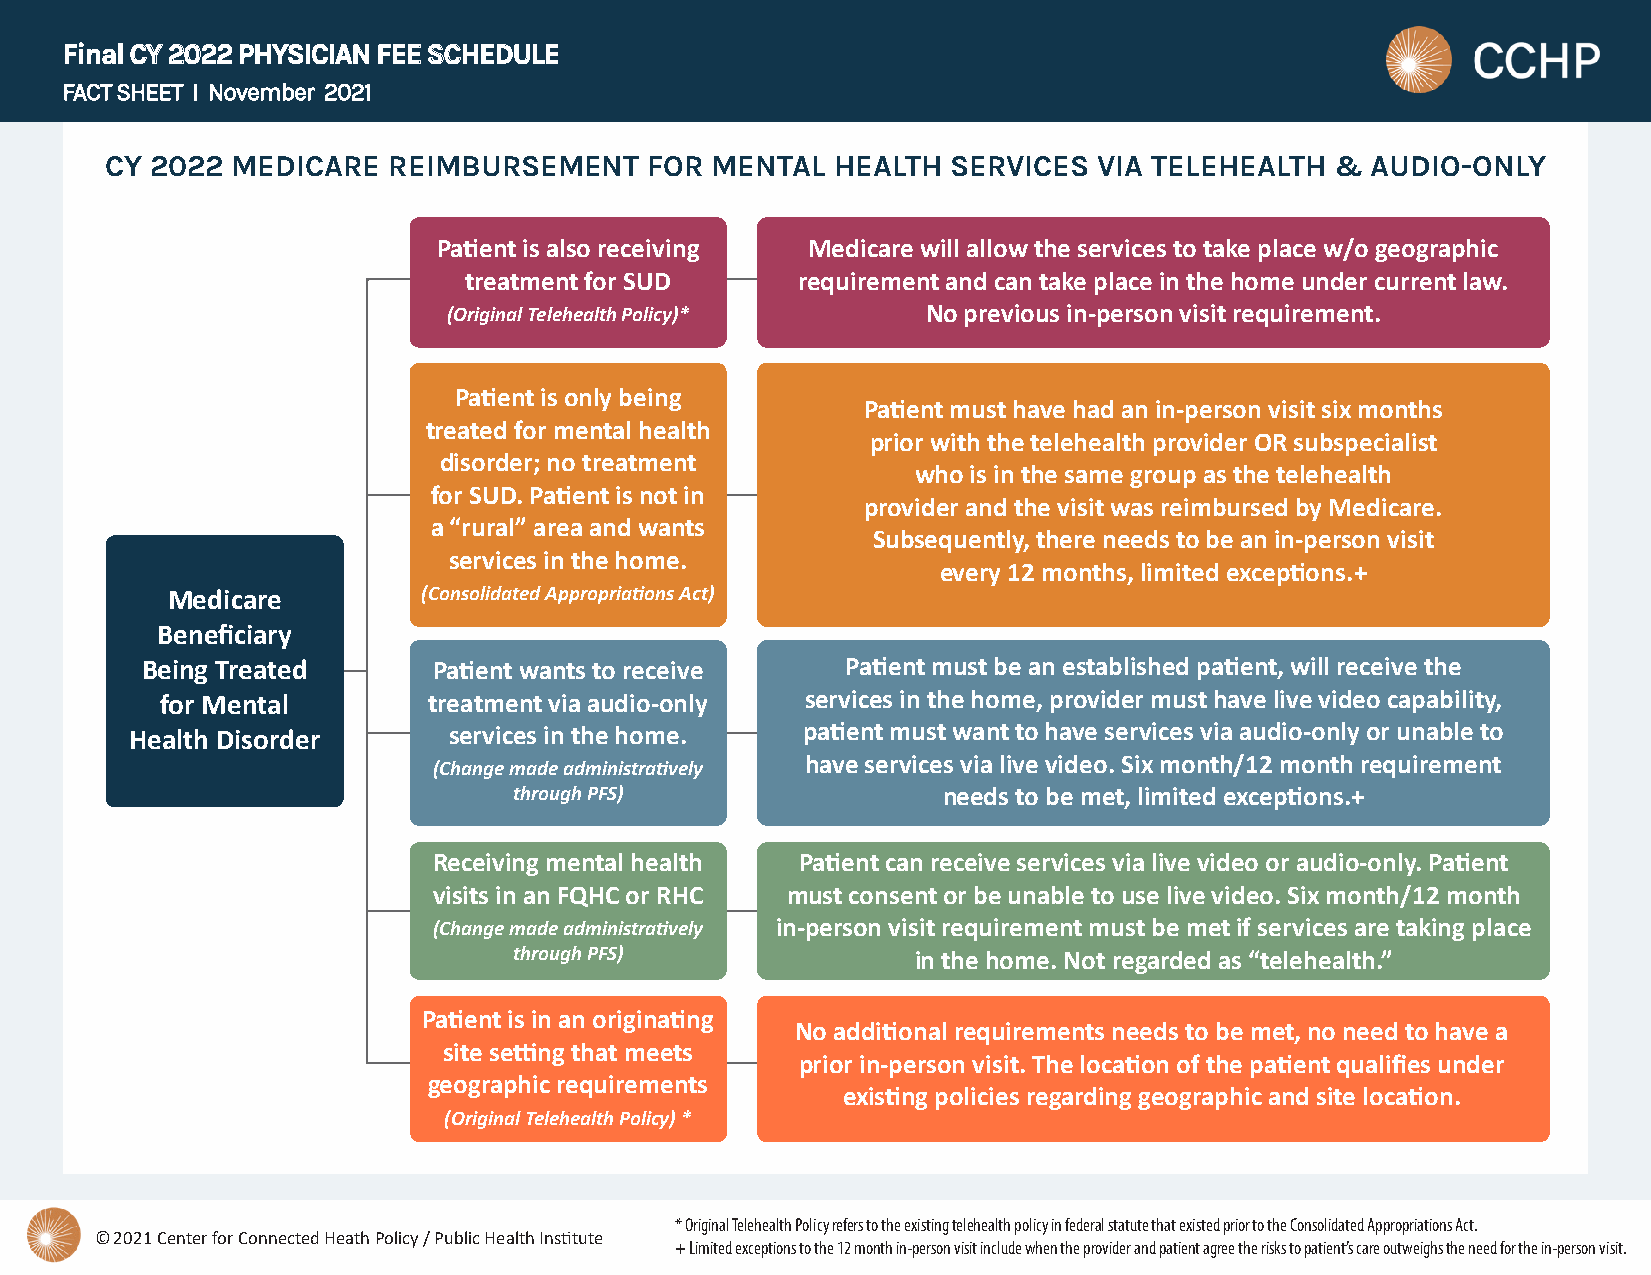
FFiinnaall CCYY 22002222 PPHHYYSSIICCIIAANN FFEEEE SSCCHHEEDDUULLEE
 FACT SHEET I November 2021
 CCYY 22002222 MMEEDDIICCAARREE RREEIIMMBBUURRSSEEMMEENNTT FFOORR MMEENNTTAALL HHEEAALLTTHH SSEERRVVIICCEESS VVIIAA TTEELLEEHHEEAALLTTHH && AAUUDDIIOO--OONNLLYY
 Patient is also receiving Medicare will allow the services to take place w/o geographic
 treatment for SUD     requirement and can take place in the home under current law.
 (Original Telehealth Policy)*  No previous in-person visit requirement.
 Patient is only being
 Patient must have had an in-person visit six months
 treated for mental health
 prior with the telehealth provider OR subspecialist
 disorder; no treatment
 who is in the same group as the telehealth
 for SUD. Patient is not in
 provider and the visit was reimbursed by Medicare.
 a “rural” area and wants
 Subsequently, there needs to be an in-person visit
 services in the home.
 every 12 months, limited exceptions.+
 Medicare         (Consolidated Appropriations Act)
 Beneficiary
 Being Treated       Patient wants to receive   Patient must be an established patient, will receive the
 for Mental       treatment via audio-only services in the home, provider must have live video capability,
 Health Disorder      services in the home.  patient must want to have services via audio-only or unable to
 (Change made administratively have services via live video. Six month/12 month requirement
 through PFS)                needs to be met, limited exceptions.+
 Receiving mental health Patient can receive services via live video or audio-only. Patient
 visits in an FQHC or RHC must consent or be unable to use live video. Six month/12 month
 (Change made administratively in-person visit requirement must be met if services are taking place
 through PFS)               in the home. Not regarded as “telehealth.”
 Patient is in an originating
 No additional requirements needs to be met, no need to have a
 site setting that meets
 prior in-person visit. The location of the patient qualifies under
 geographic requirements
 existing policies regarding geographic and site location.
 (Original Telehealth Policy) *
 * Original Telehealth Policy refers to the existing telehealth policy in federal statute that existed prior to the Consolidated Appropriations Act.
 © 2021 Center for Connected Heath Policy / Public Health Institute
 + Limited exceptions to the 12 month in-person visit include when the provider and patient agree the risks to patient’s care outweighs the need for the in-person visit.